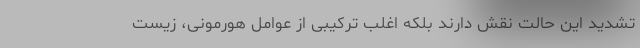
تشدید این حالت نقش دارند بلکه اغلب ترکیبی از عوامل هورمونی، زیست